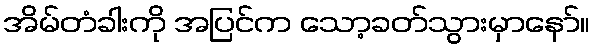
အိမ်တံခါးကို အပြင်က သော့ခတ်သွားမှာနော်။